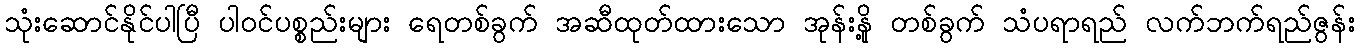
သုံးဆောင်နိုင်ပါပြီ ပါဝင်ပစ္စည်းများ ရေတစ်ခွက် အဆီထုတ်ထားသော အုန်းနို့ တစ်ခွက် သံပရာရည် လက်ဘက်ရည်ဇွန်း